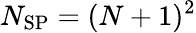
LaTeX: N_{\mathrm{SP}}=(N+1)^{2}